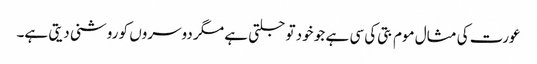
عورت کی مثال موم بتی کی سی ہے جو خود تو جلتی ہے مگر دوسروں کو روشنی دیتی ہے۔